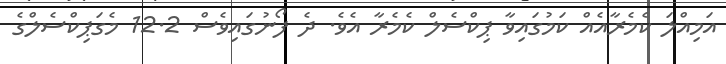
އަމިއްލަ ކެމެރާއެއް ކަމުގައިވާ ޕިކްސެލް ކެމެރާ އެވެ. ދެ ފޯނުގައިވެސް 12.2 މެގަޕިކްސެލްގެ